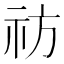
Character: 祊